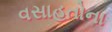
વસાહતોના